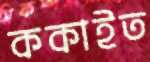
ককাইত